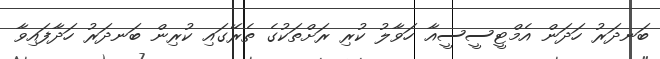
ބަނދަރު ހަދަން އެމްޓީސީސީއާ ހަވާލު ކުރި ރަށްތަކުގެ ތެރޭގައި ކުރިން ބަނދަރު ހަދާފައިވާ